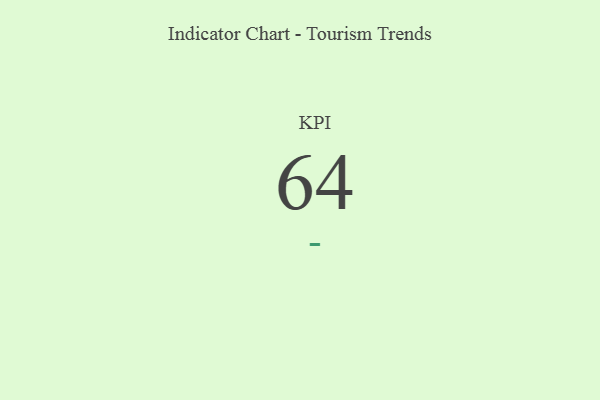
{"axis": {"x": "KPI", "y": "Value"}, "legend": [""], "data": [{"x": "KPI", "y": 64, "type": ""}]}